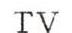
TV